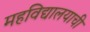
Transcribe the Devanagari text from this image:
महविद्यालयाची